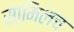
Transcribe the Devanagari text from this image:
सामिलच